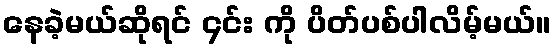
နေခဲ့မယ်ဆိုရင် ၄င်း ကို ပိတ်ပစ်ပါလိမ့်မယ်။